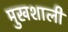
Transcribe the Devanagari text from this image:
मुखशाली